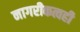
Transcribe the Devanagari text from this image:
नागरीकत्वही